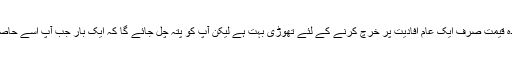
کچھ لوگ سوچ سکتے ہیں ، تاہم ، یہ کہ پروگرام کے لئے $ 30 کی خوردہ قیمت صرف ایک عام افادیت پر خرچ کرنے کے لئے تھوڑی بہت ہے لیکن آپ کو پتہ چل جائے گا کہ ایک بار جب آپ اسے حاصل کرلیں گے تو آپ حیران ہوں گے کہ آپ نے اس کے بغیر کبھی کیا کیا؟